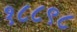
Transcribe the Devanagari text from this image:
१८८९८